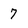
Character: 7